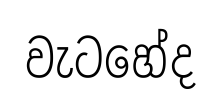
වැටහේද